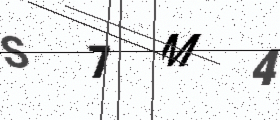
Text: S7M4